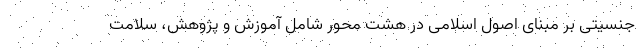
جنسیتی بر مبنای اصول اسلامی در هشت محور شامل آموزش و پژوهش، سلامت